Document type: Sale
Year: 1499
Scribe: Joan Martínez de Sòria
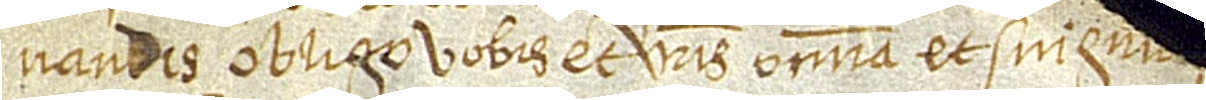
vandis obligo vobis et vestris omnia et singu[la bona et iura]